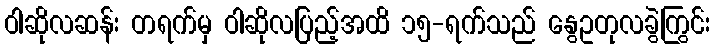
ဝါဆိုလဆန်း တရက်မှ ဝါဆိုလပြည့်အထိ ၁၅-ရက်သည် နွေဥတုလခွဲကြွင်း